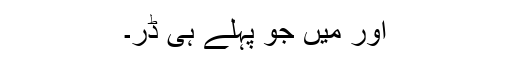
اور میں جو پہلے ہی ڈر۔